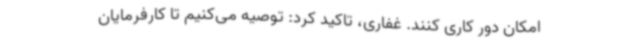
امکان دور کاری کنند. غفاری، تاکید کرد: توصیه می‌کنیم تا کارفرمایان